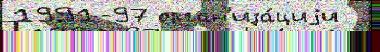
1991-97 орган'иза́циjи